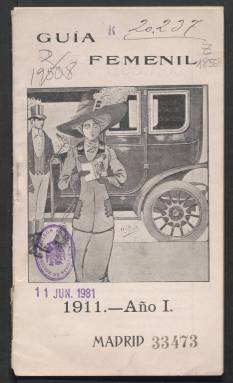
Título: Guía femenil
Otros títulos: Título: Guía femenil de Madrid, <1913>
Colección: Guías y directorios
Ámbito geográfico: Madrid
Lugar de publicación: Madrid
Fechas: 01/01/1911-31/12/1913